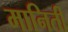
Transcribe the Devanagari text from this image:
मानिती